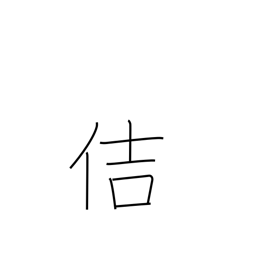
Meaning: healthy